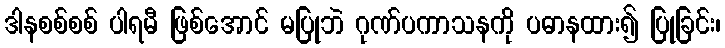
ဒါနစစ်စစ် ပါရမီ ဖြစ်အောင် မပြုဘဲ ဂုဏ်ပကာသနကို ပဓာနထား၍ ပြုခြင်း၊